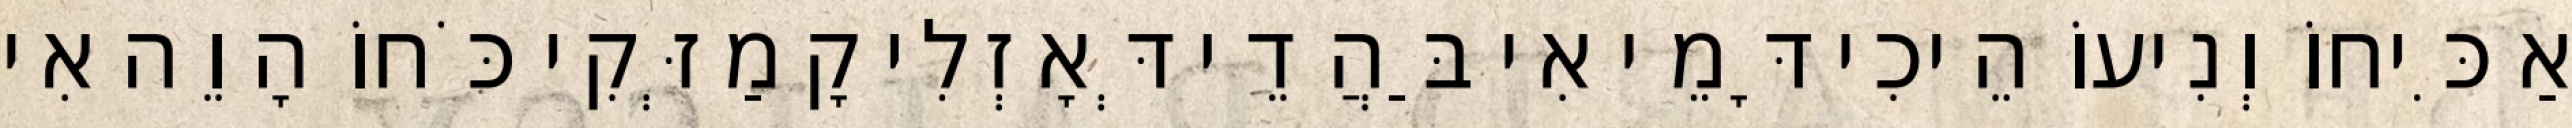
אַכִּיחוֹ וְנִיעוֹ הֵיכִי דָּמֵי אִי בַּהֲדֵי דְּאָזְלִי קָמַזְּקִי כֹּחוֹ הָוֵה אִי